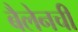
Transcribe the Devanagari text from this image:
बैलेनची